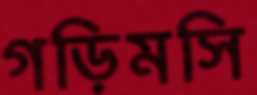
গড়িমসি